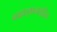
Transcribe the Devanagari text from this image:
बाह्यज्ञानरहित